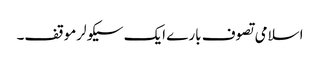
اسلامی تصوف بارے ایک سیکولرموقف۔